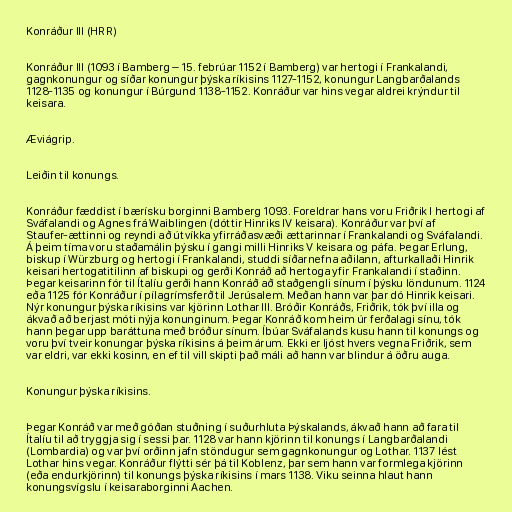
Konráður III (HRR)

Konráður III (1093 í Bamberg – 15. febrúar 1152 í Bamberg) var hertogi í Frankalandi,
gagnkonungur og síðar konungur þýska ríkisins 1127-1152, konungur Langbarðalands
1128-1135 og konungur í Búrgund 1138-1152. Konráður var hins vegar aldrei krýndur til
keisara.

Æviágrip.

Leiðin til konungs.

Konráður fæddist í bærísku borginni Bamberg 1093. Foreldrar hans voru Friðrik I hertogi af
Sváfalandi og Agnes frá Waiblingen (dóttir Hinriks IV keisara). Konráður var því af
Staufer-ættinni og reyndi að útvíkka yfirráðasvæði ættarinnar í Frankalandi og Sváfalandi.
Á þeim tíma voru staðamálin þýsku í gangi milli Hinriks V keisara og páfa. Þegar Erlung,
biskup í Würzburg og hertogi í Frankalandi, studdi síðarnefna aðilann, afturkallaði Hinrik
keisari hertogatitilinn af biskupi og gerði Konráð að hertoga yfir Frankalandi í staðinn.
Þegar keisarinn fór til Ítalíu gerði hann Konráð að staðgengli sínum í þýsku löndunum. 1124
eða 1125 fór Konráður í pílagrímsferð til Jerúsalem. Meðan hann var þar dó Hinrik keisari.
Nýr konungur þýska ríkisins var kjörinn Lothar III. Bróðir Konráðs, Friðrik, tók því illa og
ákvað að berjast móti nýja konunginum. Þegar Konráð kom heim úr ferðalagi sínu, tók
hann þegar upp baráttuna með bróður sínum. Íbúar Sváfalands kusu hann til konungs og
voru því tveir konungar þýska ríkisins á þeim árum. Ekki er ljóst hvers vegna Friðrik, sem
var eldri, var ekki kosinn, en ef til vill skipti það máli að hann var blindur á öðru auga.

Konungur þýska ríkisins.

Þegar Konráð var með góðan stuðning í suðurhluta Þýskalands, ákvað hann að fara til
Ítalíu til að tryggja sig í sessi þar. 1128 var hann kjörinn til konungs í Langbarðalandi
(Lombardia) og var því orðinn jafn stöndugur sem gagnkonungur og Lothar. 1137 lést
Lothar hins vegar. Konráður flýtti sér þá til Koblenz, þar sem hann var formlega kjörinn
(eða endurkjörinn) til konungs þýska ríkisins í mars 1138. Viku seinna hlaut hann
konungsvígslu í keisaraborginni Aachen.